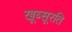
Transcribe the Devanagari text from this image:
खूब्सूरति